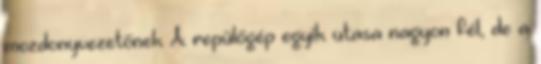
mozdonyvezetőnek A repülőgép egyik utasa nagyon fél, de a